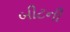
બીટની